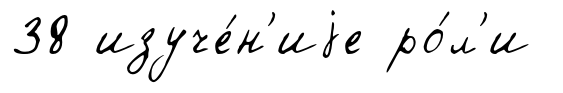
38 изуче́н'иjе ро́л'и